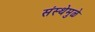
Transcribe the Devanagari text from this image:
संस्थेमुळे